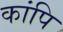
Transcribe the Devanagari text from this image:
कांपि